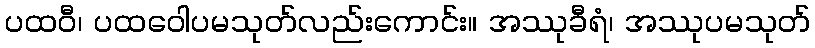
ပထဝီ၊ ပထဝေါပမသုတ်လည်းကောင်း။ အဿုခီရံ၊ အဿုပမသုတ်